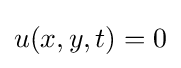
u(x,y,t)=0